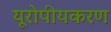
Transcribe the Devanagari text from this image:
यूरोपीयकरण